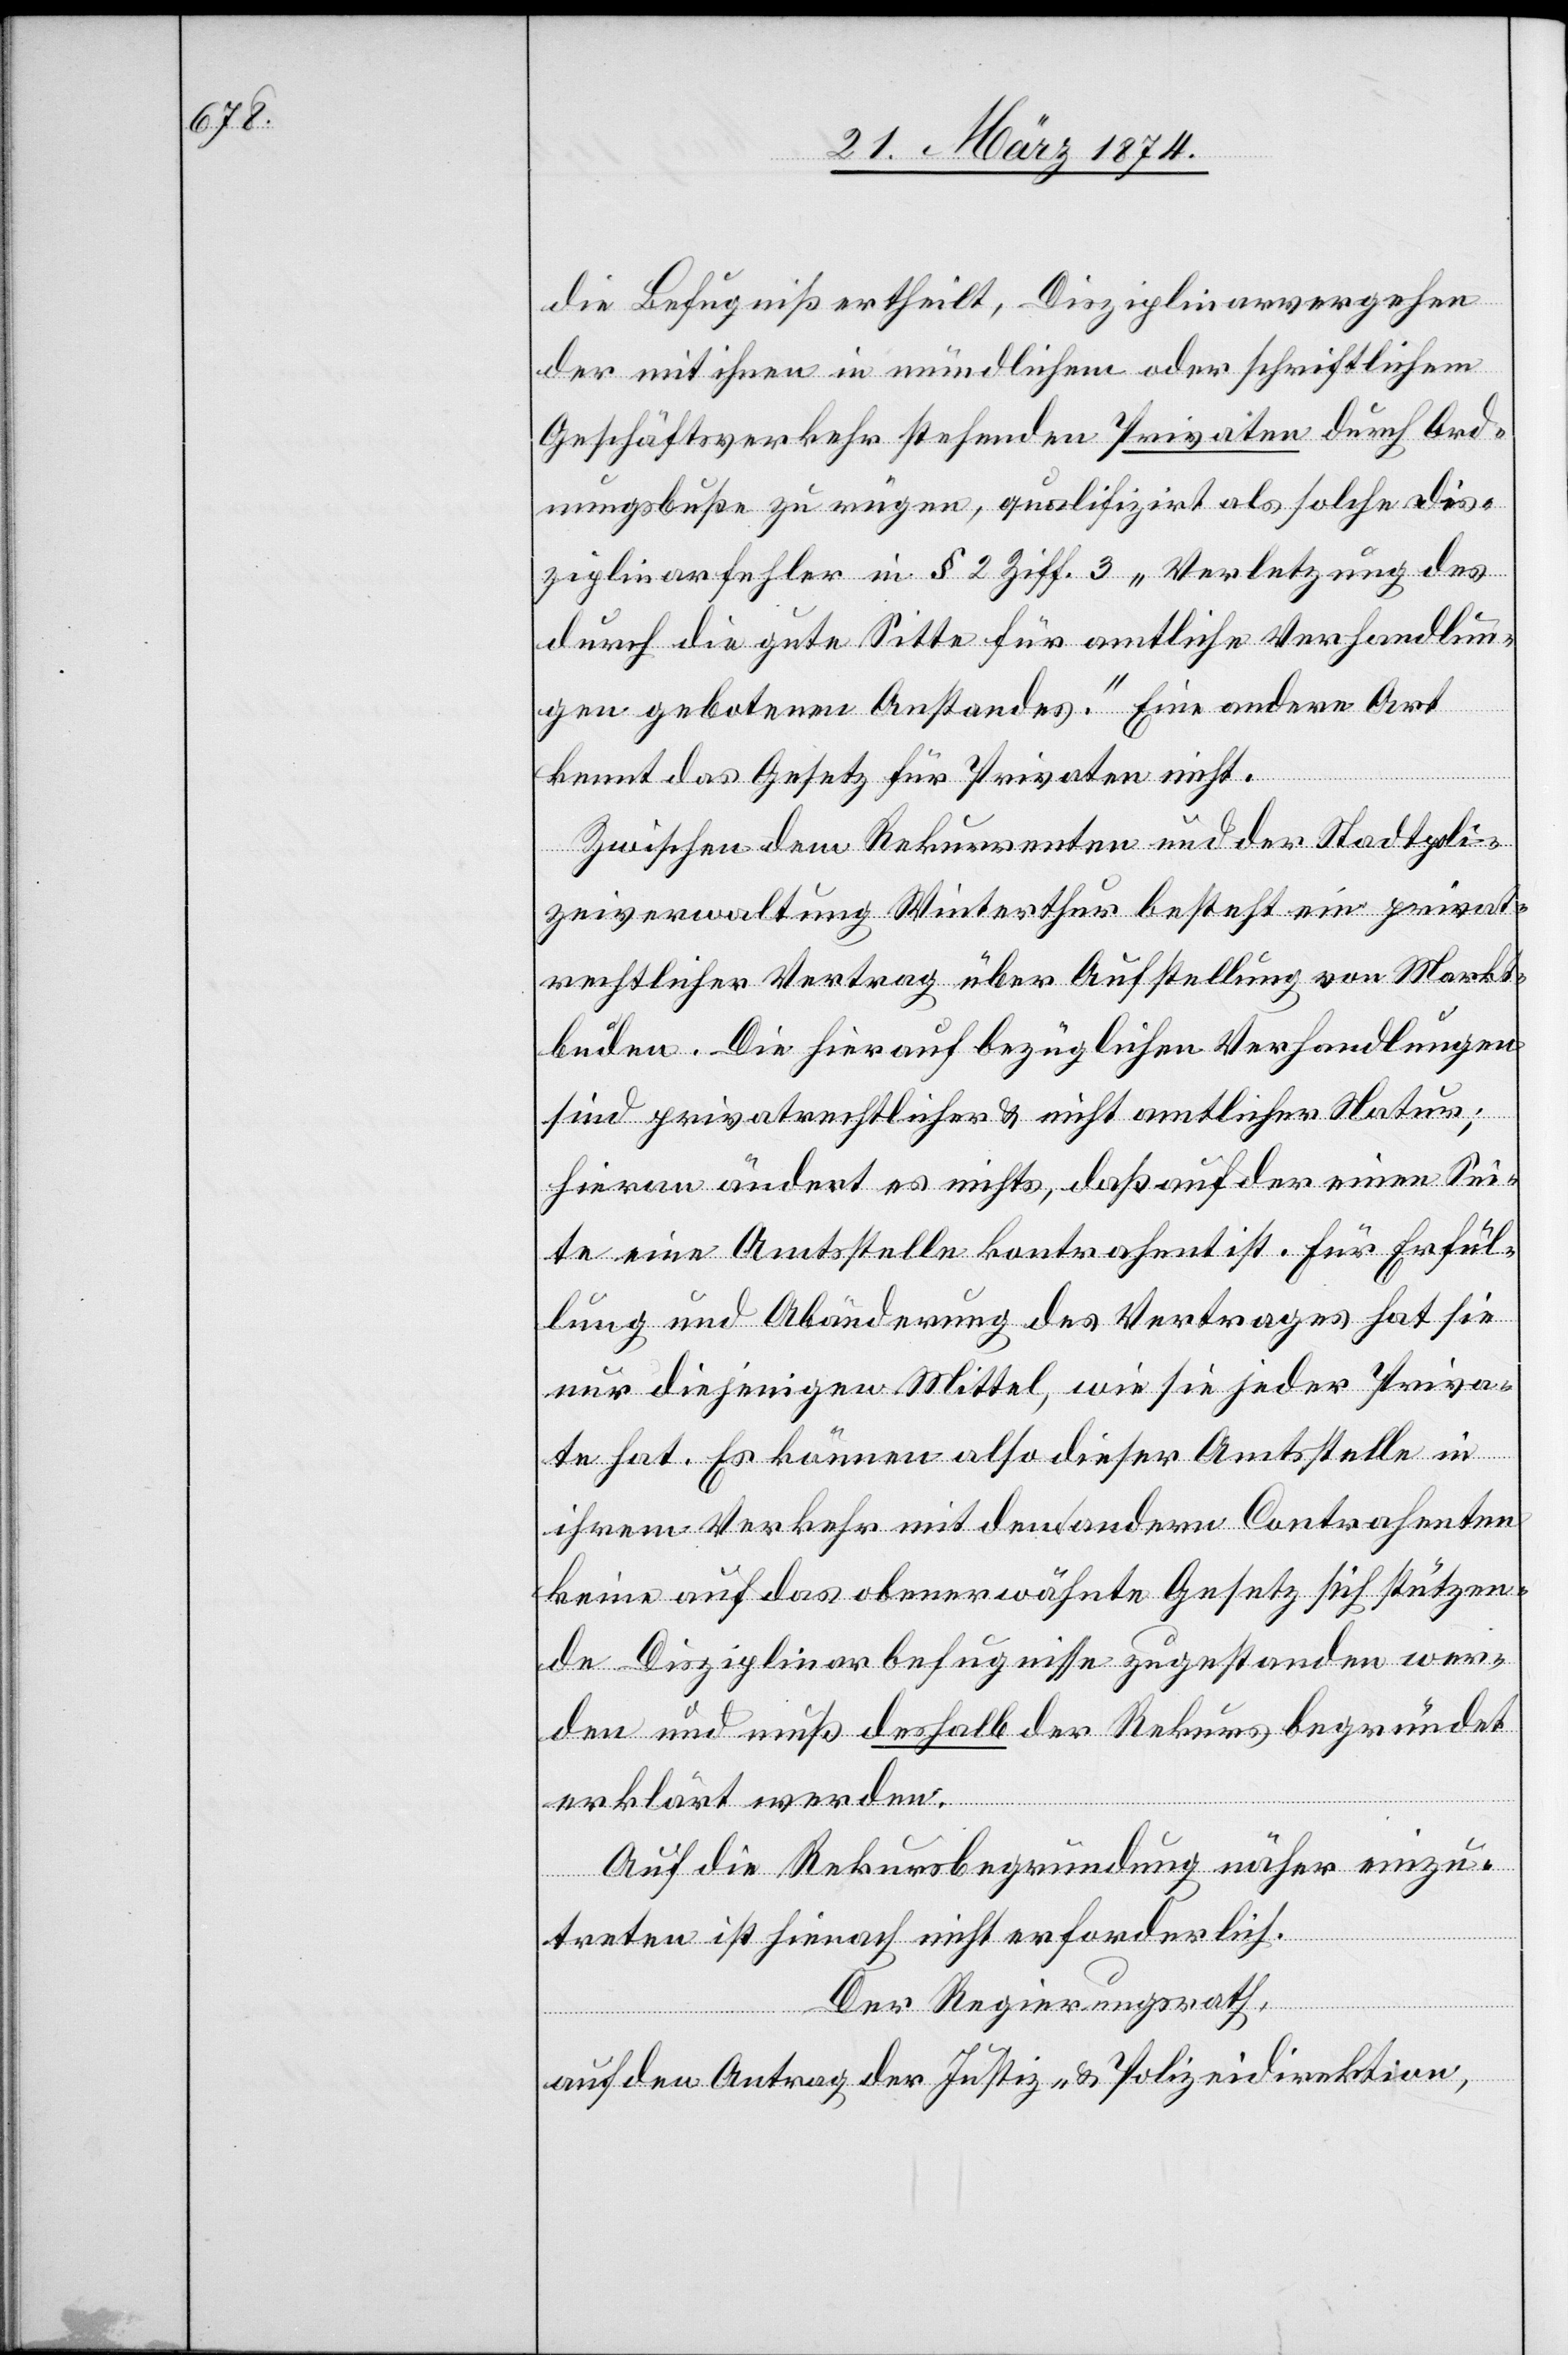
die Befugniß ertheilt, Disziplinarvergehen
der mit ihnen in mündlichem oder schriftlichem
Geschäftsverkehr stehenden Privaten durch Ord¬
nungsbuße zu rügen, qualifizirt als solche Dis¬
ziplinarfehler in § 2 Ziff. 3 „Verletzung des
durch die gute Sitte für amtliche Verhandlun¬
gen gebotenen Anstandes.“ Eine andere Art
kennt das Gesetz für Privaten [sic!]
Zwischen dem Rekurrenten und der Stadtpoli¬
zeiverwaltung Winterthur besteht ein privat¬
rechtlicher Vertrag über Aufstellung von Markt¬
buden. Die hierauf bezüglichen Verhandlungen
sind privatrechtlicher u. nicht amtlicher Natur;
Hieran ändert es nichts, daß auf der einen Sei¬
te eine Amtsstelle Kontrahent ist. Für Erfül¬
lung und Abänderung des Vertrages hat sie
nur diejenigen Mittel, wie sie jeder Priva¬
te hat. Es können also dieser Amtsstelle in
ihrem Verkehr mit dem anderen Contrahenten
keine auf das obenerwähnte Gesetz sich stützen¬
de Disziplinarbefugnisse zugestanden wer¬
den und muß deshalb der Rekurs begründet
erklärt werden.
Auf die Rekursbegründung näher einzu¬
treten ist hienach nicht erforderlich.
Der Regierungsrath,
auf den Antrag der Justiz- u. Polizeidirektion